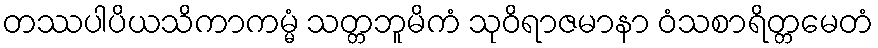
တဿပါပိယသိကာကမ္မံ သတ္တဘူမိကံ သုဝိရာဇမာနာ ဝံသစာရိတ္တမေတံ